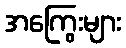
အကြွေးများ